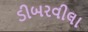
ડીબરવીલા